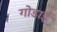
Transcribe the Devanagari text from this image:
गोडाई